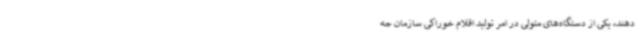
دهند، یکی از دستگاه‌های متولی در امر تولید اقلام خوراکی سازمان جه